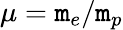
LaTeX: \mu=\mathtt{m}_{e}/\mathtt{m}_{p}